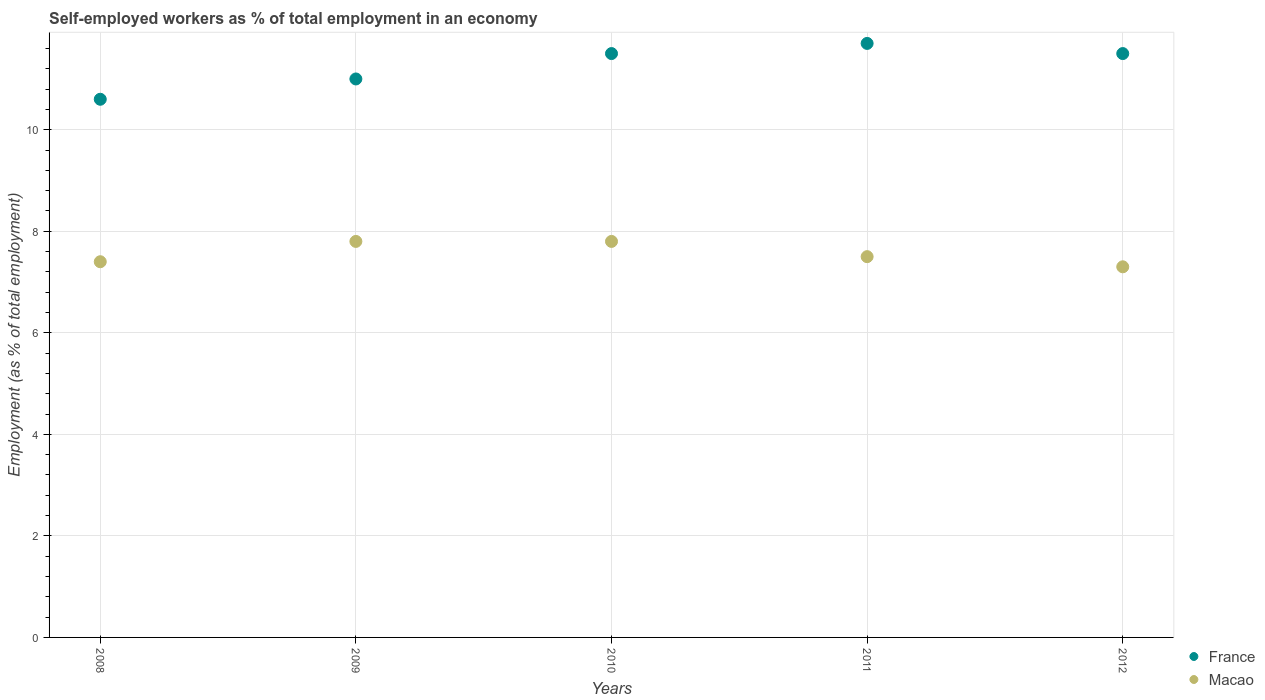
| Years | France | Macao |
 | --- | --- | --- |
 | 2008 | 10.6 | 7.4 |
 | 2009 | 11 | 7.8 |
 | 2010 | 11.5 | 7.8 |
 | 2011 | 11.7 | 7.5 |
 | 2012 | 11.5 | 7.3 |